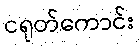
ငရုတ်ကောင်း